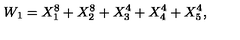
W _ { 1 } = X _ { 1 } ^ { 8 } + X _ { 2 } ^ { 8 } + X _ { 3 } ^ { 4 } + X _ { 4 } ^ { 4 } + X _ { 5 } ^ { 4 } ,